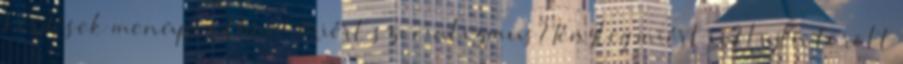
kérdések menüpontban. Miért szocializmus? Tényleg miért is? lvjtn törölt